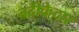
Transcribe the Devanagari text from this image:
बदीकेदार